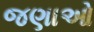
જણાઓ